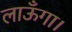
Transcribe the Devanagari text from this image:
लाऊँगा।